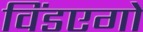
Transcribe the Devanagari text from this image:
विंडएगो